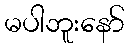
မပါဘူးနော်